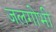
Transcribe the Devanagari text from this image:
जलगोभी